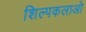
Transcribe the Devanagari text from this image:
शिल्पकलाओ